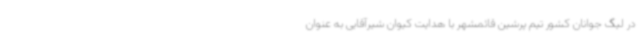
در لیگ جوانان کشور تیم پرشین قائمشهر با هدایت کیوان شیرآقایی به عنوان